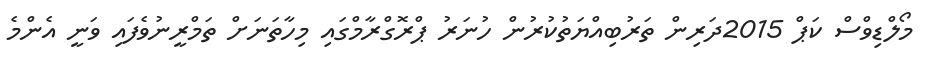
މޯލްޑިވްސް ކަޕް 2015ދަރިން ތަރުބިއްޔަތުކުރުން ހުނަރު ޕްރޮގްރާމްގައި މިހާތަނަށް ތަމްރީނުވެފައި ވަނީ އެންމެ